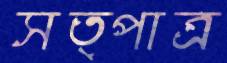
সত্পাত্র